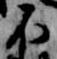
不